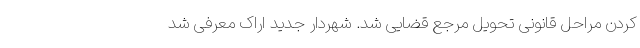
کردن مراحل قانونی تحویل مرجع قضایی شد. شهردار جدید اراک معرفی شد